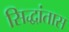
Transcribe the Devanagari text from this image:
सिद्धांतास